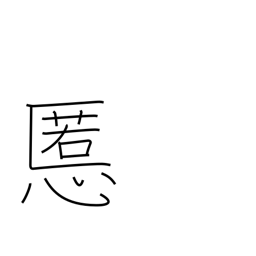
Meaning: evil